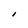
Character: I